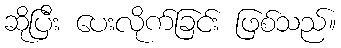
ဆိုပြီး ပေးလိုက်ခြင်း ဖြစ်သည်။